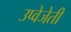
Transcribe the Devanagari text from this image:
उप्वेजेती